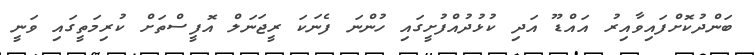
ބަންދުކޮށްފައިވާއިރު އައްޑޫ އަދި ކުޅުދުއްފުށީގައި ހުންނަ ފެނަކަ ރީޖަނަލް އޮފީސްތަށް ކުރިމަތީގައި ވަނީ